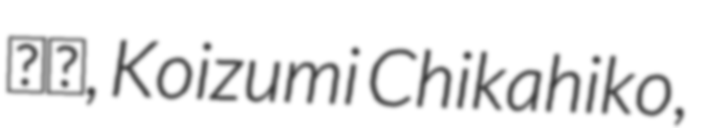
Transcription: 親彦, Koizumi Chikahiko,